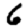
Digit: 6